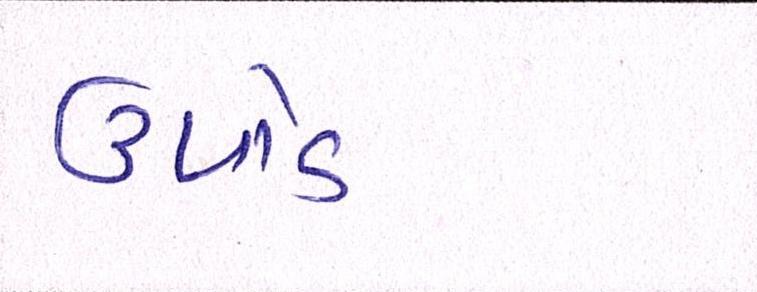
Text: ઉપાડે